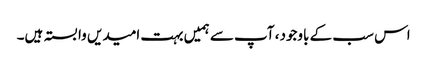
اس سب کے باوجود، آپ سے ہمیں بہت امیدیں وابستہ ہیں۔